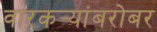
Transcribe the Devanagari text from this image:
वारकर्‍यांबरोबर